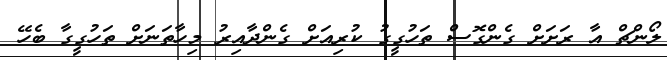
ލޯންޗް އާ ރަށަށް ގެންގޮސް ތަހުގީގު ކުރިއަށް ގެންދާއިރު މިހާތަނަށް ތަހުގީގާ ބެހޭ